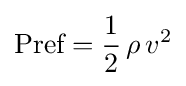
{\textrm {Pref}}={\frac {1}{2}}\,{\rho }\,{v^{2}}\,\!